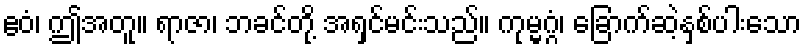
ဧဝံ၊ ဤအတူ။ ရာဇာ၊ ဘခင်တို့ အရှင်မင်းသည်။ ကုမ္မဂ္ဂံ၊ ခြောက်ဆဲ့နှစ်ပါးသော